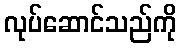
လုပ်ဆောင်သည်ကို